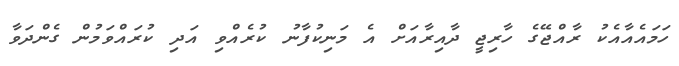
ހަމައެއާއެކު ރާއްޖޭގެ ހާރިޖީ ދާއިރާއަށް އެ މަނިކުފާނު ކުރެއްވި އަދި ކުރައްވަމުން ގެންދަވާ